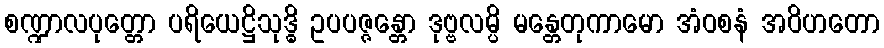
စဏ္ဍာလပုတ္တော ပရိယေဋ္ဌိသုဒ္ဓိ ဥပပဇ္ဇန္တော ဒုဗ္ဗလမ္ပိ မန္တေတုကာမော အံဝစနံ အဝိဟတော